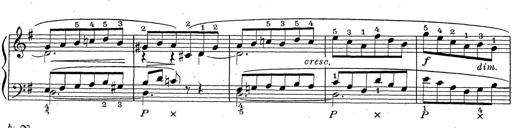
Title: ÄŒeskÃ© Sonatiny
Composer: Various